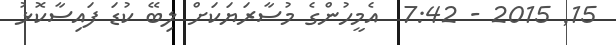
15